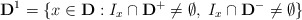
\begin{align*}\mathbf{D}^{1}=\{x\in\mathbf{D}:I_{x}\cap\mathbf{D}^{+}\ne\emptyset,\; I_{x}\cap\mathbf{D}^{-}\ne\emptyset\}\end{align*}